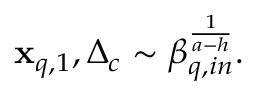
\mathbf { x } _ { q , 1 } , \Delta _ { c } \sim \beta _ { q , i n } ^ { \frac { 1 } { a - h } } .